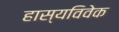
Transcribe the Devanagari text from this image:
हास्यविवेक